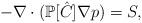
LaTeX: \begin{align*} -\nabla \cdot (\mathbb{P}[\hat{C}] \nabla p) = S,\end{align*}